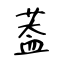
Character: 葢